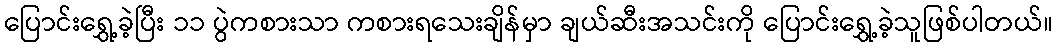
ပြောင်းရွှေ့ခဲ့ပြီး ၁၁ ပွဲကစားသာ ကစားရသေးချိန်မှာ ချယ်ဆီးအသင်းကို ပြောင်းရွှေ့ခဲ့သူဖြစ်ပါတယ်။